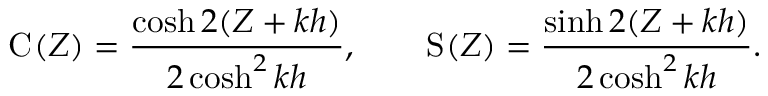
\mathrm { C } _ { } ( Z ) = \frac { \cosh 2 ( Z + k h ) } { 2 \cosh ^ { 2 } k h } , \qquad \mathrm { S } _ { } ( Z ) = \frac { \sinh 2 ( Z + k h ) } { 2 \cosh ^ { 2 } k h } .